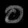
Digit: ၀